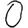
Digit: 0